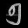
Digit: ၅